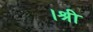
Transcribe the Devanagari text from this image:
।श्री